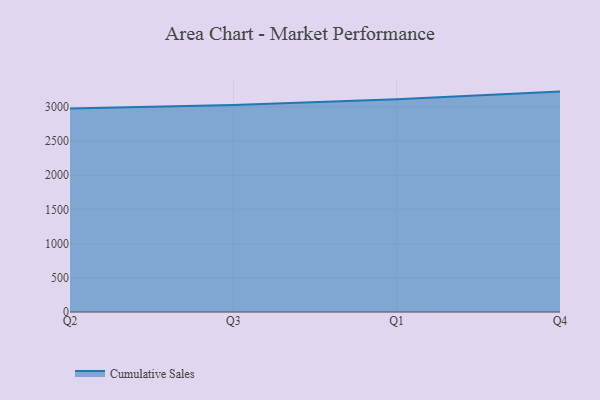
{"axis": {"x": "Quarter", "y": "Satisfaction Score"}, "legend": ["Cumulative Sales"], "data": [{"x": "Q2", "y": 2978.1, "type": "Cumulative Sales"}, {"x": "Q3", "y": 3028.9, "type": "Cumulative Sales"}, {"x": "Q1", "y": 3111.8, "type": "Cumulative Sales"}, {"x": "Q4", "y": 3223.8, "type": "Cumulative Sales"}]}